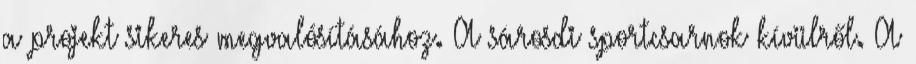
a projekt sikeres megvalósításához. A sárosdi sportcsarnok kívülről. A